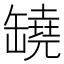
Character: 𦉗